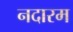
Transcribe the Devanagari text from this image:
नदारम